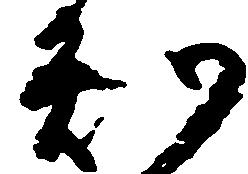
知